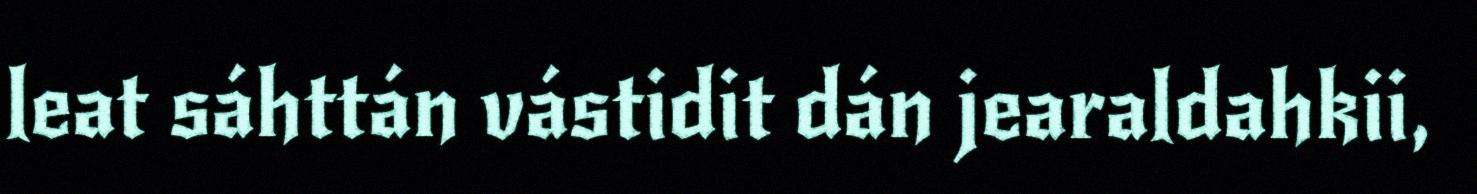
leat sáhttán vástidit dán jearaldahkii,